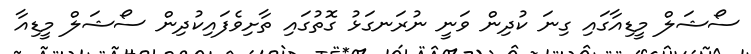
ސޯޝަލް މީޑިއާގައި ގިނަ ކުދިން ވަނީ ނުރަނގަޅު ގޮތުގައި ތާށިވެފައިކުދިން ސޯޝަލް މީޑިއާ